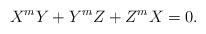
LaTeX: \begin{align*} X^mY+Y^mZ+Z^mX=0.\end{align*}